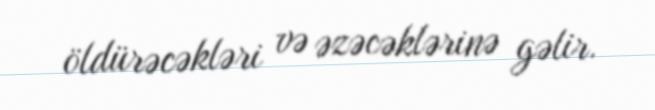
öldürəcəkləri və əzəcəklərinə gəlir.